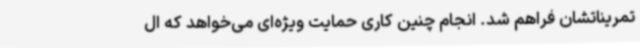
تمریناتشان فراهم شد. انجام چنین کاری حمایت ویژه‌ای می‌خواهد که ال